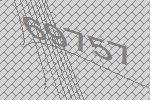
69757